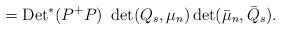
\begin{align*}= {\rm Det}^*(P^+P)~\det(Q_s, \mu_n)\det(\bar \mu_n, \bar Q_s).\end{align*}